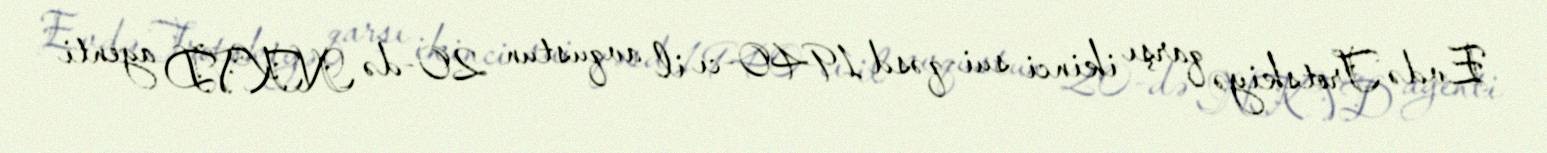
Evdə Trotskiyə qarşı ikinci sui-qəsd 1940-cı il avqustun 20-də NKVD agenti